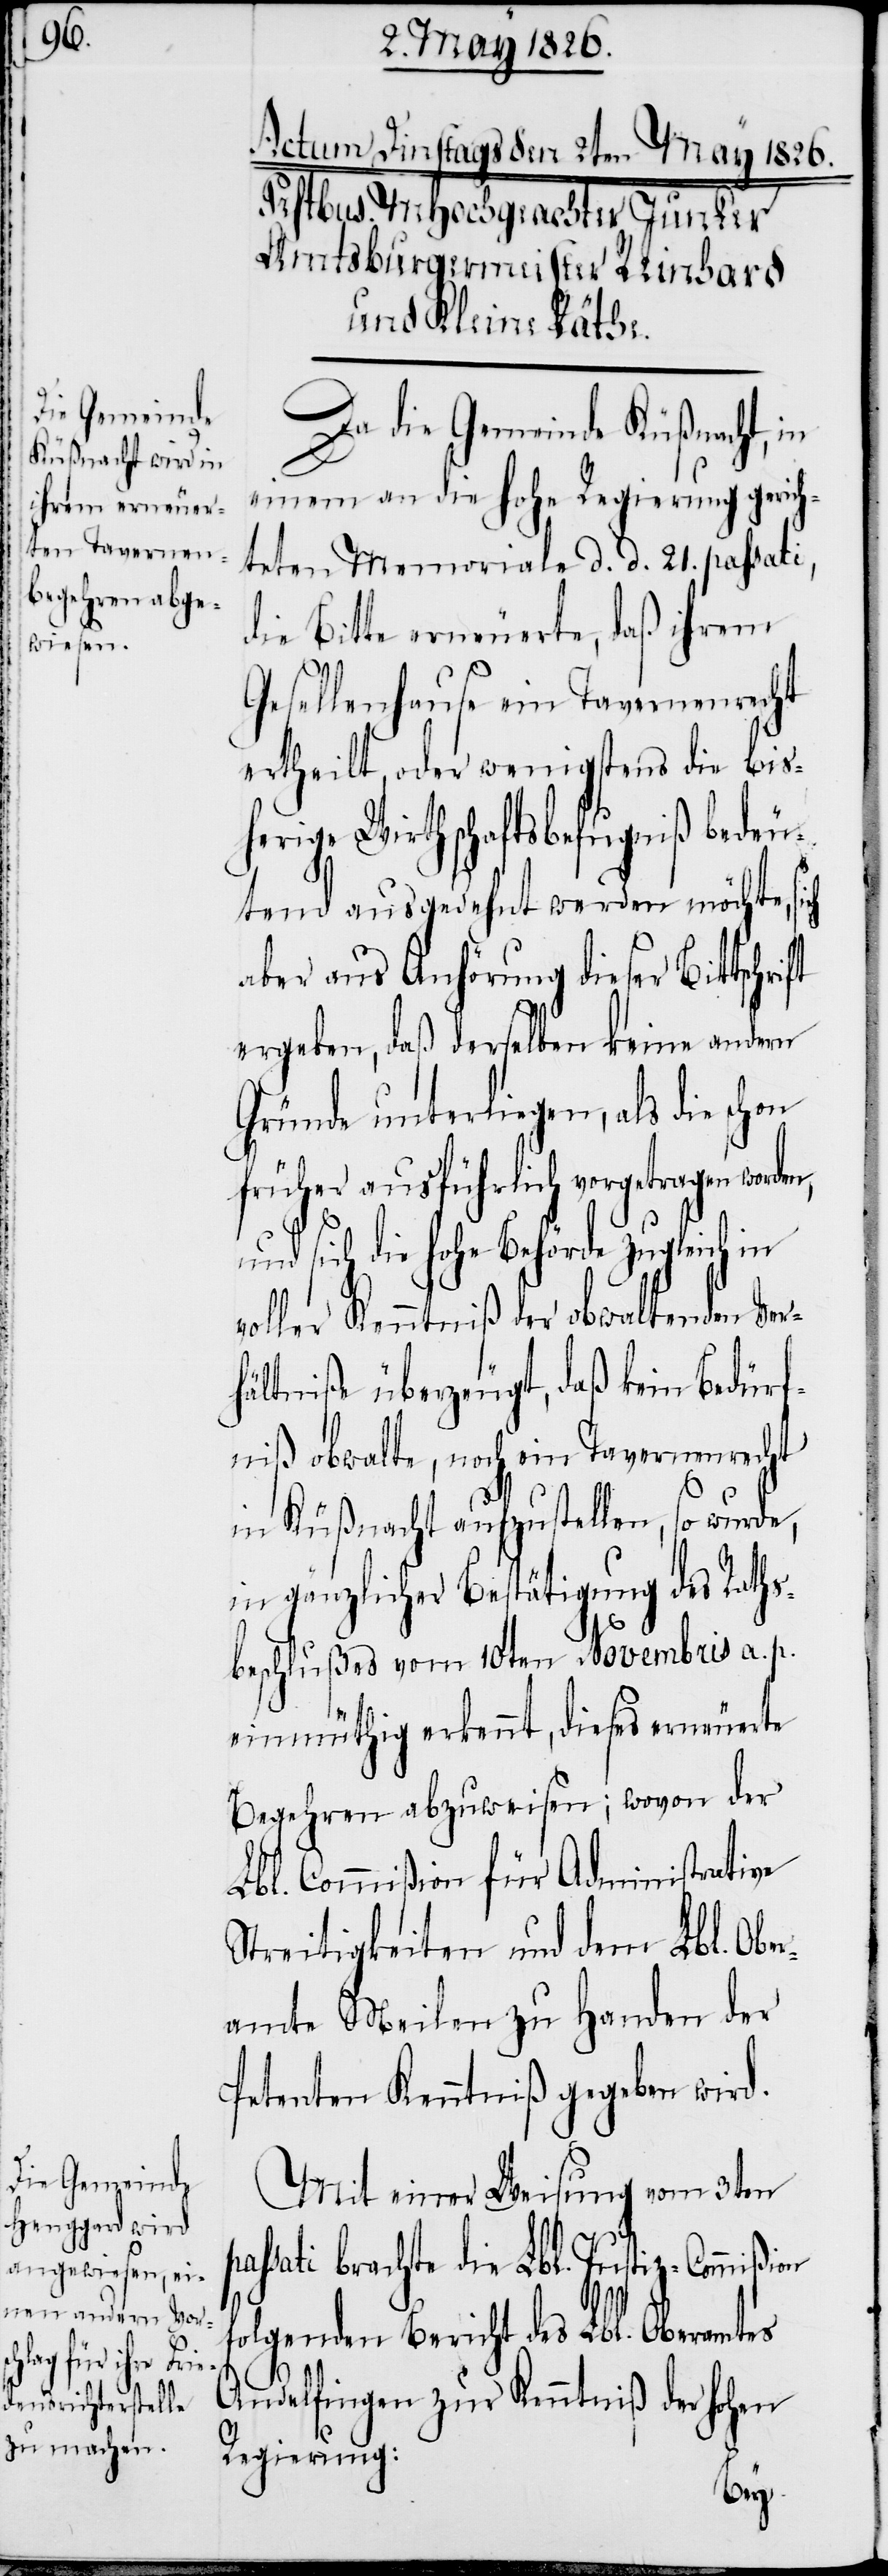
on

Da die Gemeinde Küßnacht, in
einem an die hohe Regierung gerich¬
teten Memoriale d. d. 21. passati,
die Bitte erneuerte, daß ihrem
Gesellenhause ein Tavernenrecht
ertheilt, oder wenigstens die bis¬
herige Wirthschaftsbefugniß bedeu¬
tend ausgedehnt werden möchte, sich
aber aus Anhörung dieser Bittschri¬
ergeben, daß derselbe keine andern
Gründe unterliegen, als die schon
früher ausführlich vorgetragen worden,
und sich die hohe Behörde zugleich in
voller Kenntniß der obwaltenden Ver¬
hältniße überzeugt, daß kein Bedürf¬
niß obwalte, noch ein Tavernenrecht
in Küßnacht aufzustellen, so wurde,
in gänzlicher Bestätigung des Raths¬
beschlußes vom 10ten Novembris a. p.
einmüthig erkennt, dieses erneuerte
Begehren abzuweisen; wovon der
Lbl. Commißion für Administrative
Streitigkeiten und dem Lbl. Obe¬
ramte Meilen zu Handen der
Petenten Kenntniß gegeben wird.
Mit einer Weisung vom 3ten
ssati brachte die Lbl. Justiz-Commißi¬
folgenden Bericht des Lbl. Oberamtes
Andelfingen zur Kenntniß der hohen
Regierung: